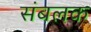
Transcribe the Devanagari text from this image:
संबलक